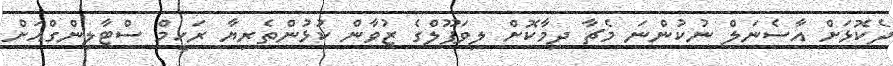
ދެކޮޅަށް އާސެނަލް ނުކުންނަ މެޗާ ދިމާކޮށް ލިވަޕޫލްގެ ޒުވާން ކުޅުންތެރިޔާ ރަހީމް ސްޓާލިންގްއަށް